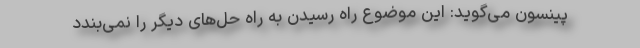
پینسون می‌گوید: این موضوع راه رسیدن به راه حل‌های دیگر را نمی‌بندد